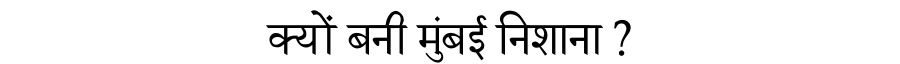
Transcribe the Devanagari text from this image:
क्यों बनी मुंबई निशाना ?